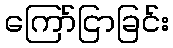
ကြော်ငြာခြင်း